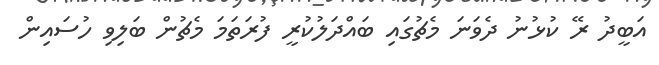
އަބީދު ރޭ ކުޅުނު ދެވަނަ މެޗުގައި ބައްދަލުކުރީ ފުރަތަމަ މެޗުން ބަލިވި ހުސައިން